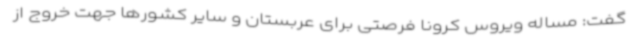
گفت: مساله ویروس کرونا فرصتی برای عربستان و سایر کشورها جهت خروج از